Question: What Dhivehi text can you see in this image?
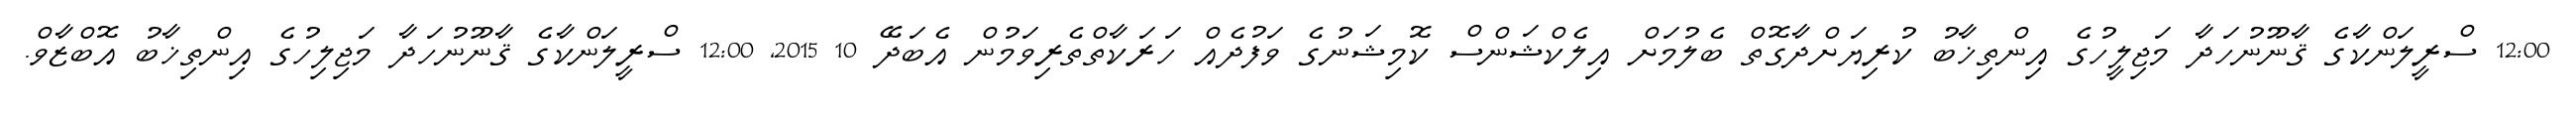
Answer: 12:00 ސްރީލަންކާގެ ޤާނޫނުހަދާ މަޖިލީހުގެ އިންތިޚާބު ކުރިޔަށްދާގޮތް ބެލުމަށް އިލެކްޝަންސް ކޮމިޝަނުގެ ވަފުދެއް ހަރަކާތްތެރިވަމުން އެބަދޭ 10 2015, 12:00 ސްރީލަންކާގެ ޤާނޫނުހަދާ މަޖިލިހުގެ އިންތިޚާބު އޮބްޒާވް.